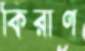
কিরাণ